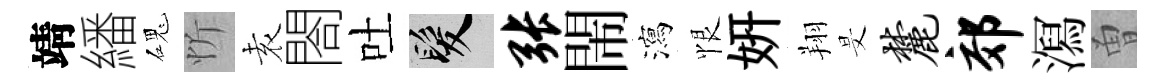
靖繙磈忻𡊮閤吐髮张閙瀉恨妍翔旻麓郊㵼曽